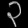
Digit: ၃